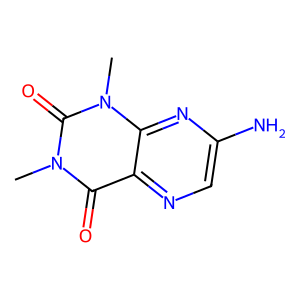
SMILES: Cn1c(=O)c2ncc(N)nc2n(C)c1=O
Inhibits HIV replication: No